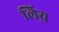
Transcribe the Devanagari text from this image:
लिय्र